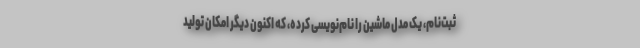
ثبت‌نام، یک مدل ماشین را نام‌نویسی کرده، که اکنون دیگر امکان تولید